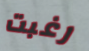
رغبت